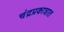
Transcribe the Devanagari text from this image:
चंद्रप्रकाशात